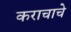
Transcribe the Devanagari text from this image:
कराचाचे